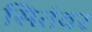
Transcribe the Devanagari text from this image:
सितंवर